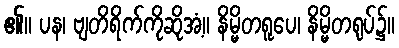
၏။ ပန၊ ဗျတိရိက်ကိုဆိုအံ့။ နိမ္မိတရူပေ၊ နိမ္မိတရုပ်၌။